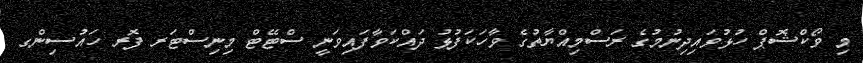
މި ވޯކްޝޮޕް ހުޅުވައިދިނުމުގެ ރަސްމިއްޔާތުގެ ވާހަކަފުޅު ދައްކަވާފައިވަނީ ސްޓޭޓް މިނިސްޓަރ ފޮރ ހައުސިންގ